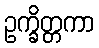
ဥက္ခိတ္တကာ